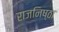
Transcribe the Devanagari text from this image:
राजनिष्ठा